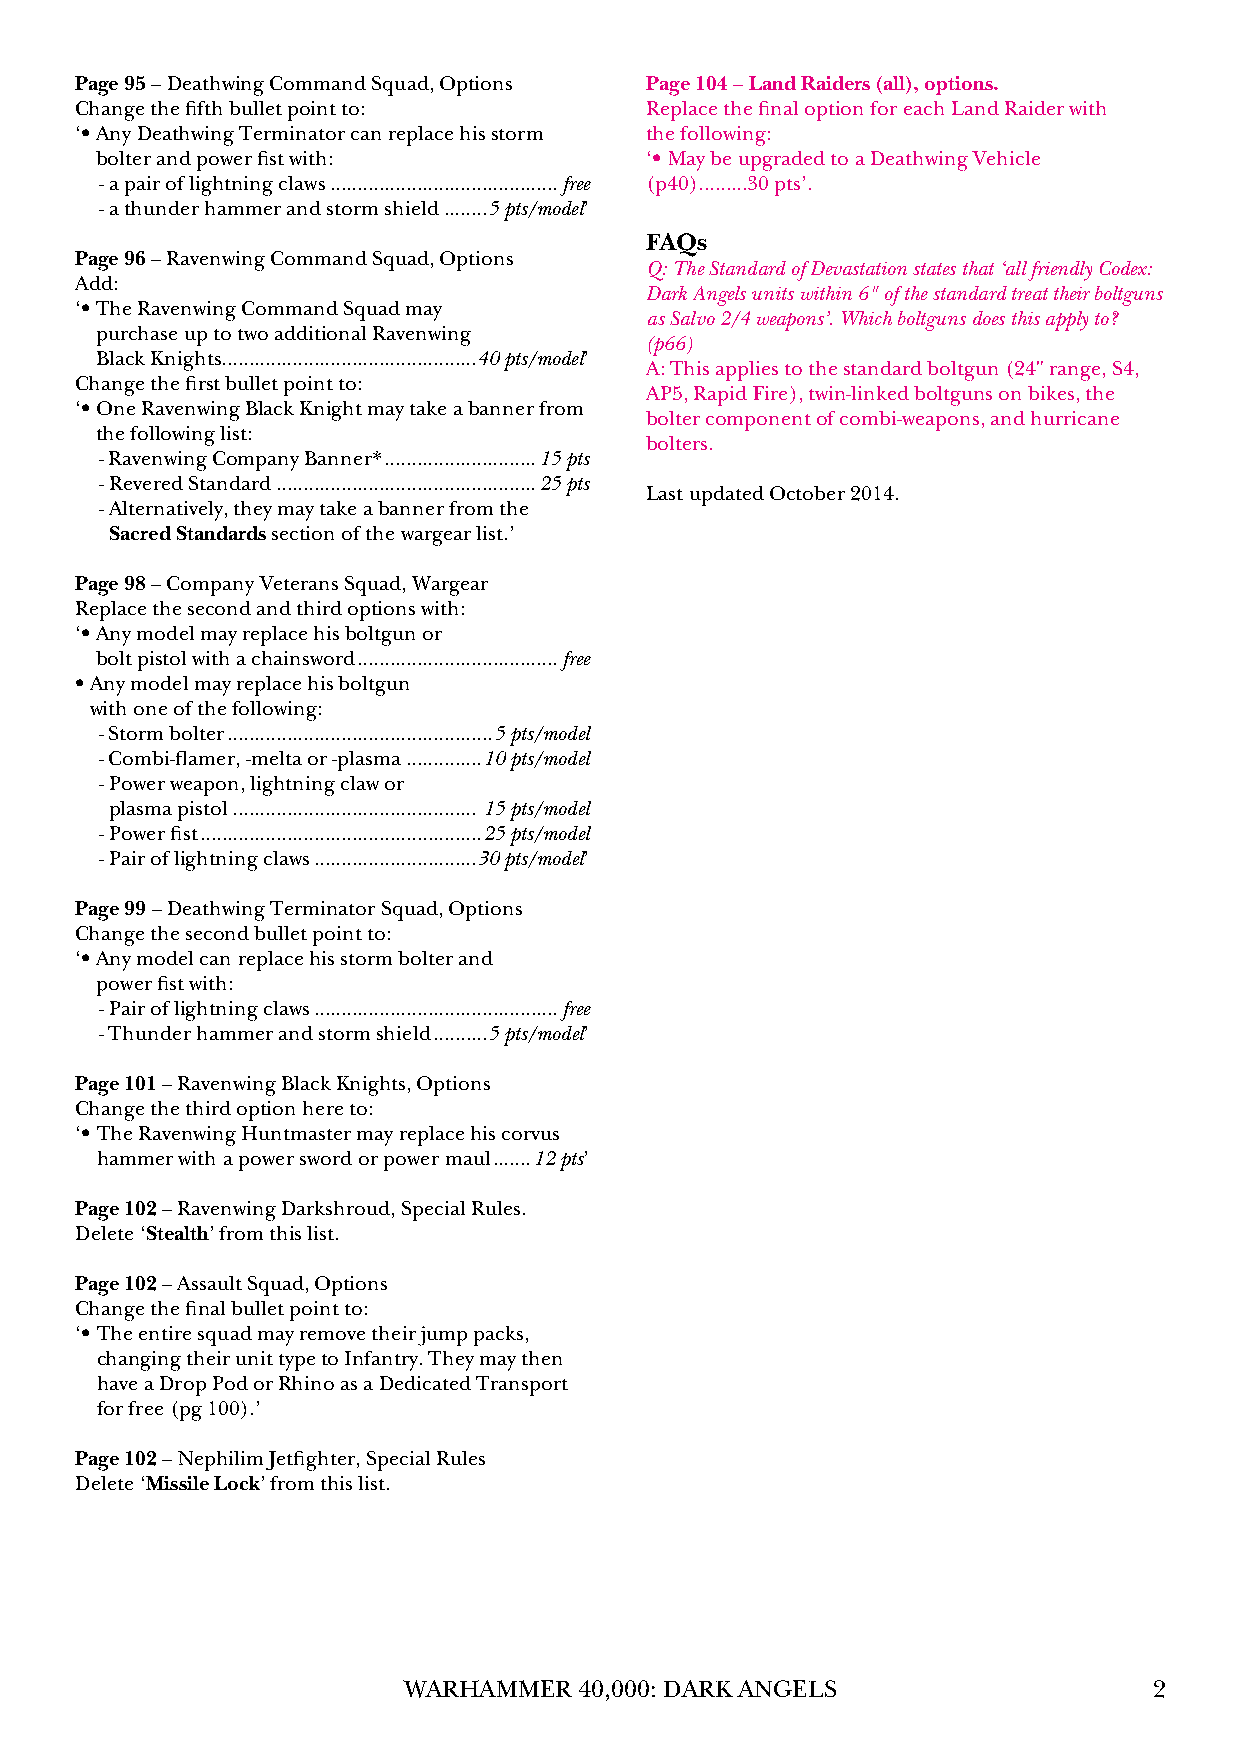
Page 95 – Deathwing Command Squad, Options Page 104 – Land Raiders (all), options.
 Change the fifth bullet point to:     Replace the final option for each Land Raider with
 ‘• Any Deathwing Terminator can replace his storm the following:
 bolter and power fist with:          ‘• May be upgraded to a Deathwing Vehicle
 - a pair of lightning claws ..........................................free (p40).........30 pts’.
 - a thunder hammer and storm shield ........5 pts/model’
 FAQs
 Page 96 – Ravenwing Command Squad, Options
 Q: The Standard of Devastation states that ‘all friendly Codex:
 Add:
 Dark Angels units within 6" of the standard treat their boltguns
 ‘• The Ravenwing Command Squad may
 as Salvo 2/4 weapons’. Which boltguns does this apply to?
 purchase up to two additional Ravenwing
 (p66)
 Black Knights ...............................................40 pts/model’
 A: This applies to the standard boltgun (24" range, S4,
 Change the first bullet point to:
 AP5, Rapid Fire), twin-linked boltguns on bikes, the
 ‘• One Ravenwing Black Knight may take a banner from
 bolter component of combi-weapons, and hurricane
 the following list:
 bolters.
 - Ravenwing Company Banner* ............................15 pts
 - Revered Standard ................................................25 pts
 Last updated October 2014.
 - Alternatively, they may take a banner from the
 Sacred Standards section of the wargear list.’
 Page 98 – Company Veterans Squad, Wargear
 Replace the second and third options with:
 ‘• Any model may replace his boltgun or
 bolt pistol with a chainsword .....................................free
 • Any model may replace his boltgun
 with one of the following:
 - Storm bolter .................................................5 pts/model
 - Combi-flamer, -melta or -plasma ..............10 pts/model
 - Power weapon, lightning claw or
 plasma pistol ............................................. 15 pts/model
 - Power fist ....................................................25 pts/model
 - Pair of lightning claws ..............................30 pts/model’
 Page 99 – Deathwing Terminator Squad, Options
 Change the second bullet point to:
 ‘• Any model can replace his storm bolter and
 power fist with:
 - Pair of lightning claws .............................................free
 - Thunder hammer and storm shield ..........5 pts/model’
 Page 101 – Ravenwing Black Knights, Options
 Change the third option here to:
 ‘• The Ravenwing Huntmaster may replace his corvus
 hammer with a power sword or power maul .......12 pts’
 Page 102 – Ravenwing Darkshroud, Special Rules.
 Delete ‘Stealth’ from this list.
 Page 102 – Assault Squad, Options
 Change the final bullet point to:
 ‘• The entire squad may remove their jump packs,
 changing their unit type to Infantry. They may then
 have a Drop Pod or Rhino as a Dedicated Transport
 for free (pg 100).’
 Page 102 – Nephilim Jetfighter, Special Rules
 Delete ‘Missile Lock’ from this list.
 WARHAMMER  40,000: DARK ANGELS                   2